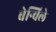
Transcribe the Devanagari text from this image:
बेन्विले